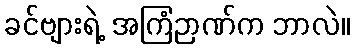
ခင်ဗျားရဲ့ အကြံဉာဏ်က ဘာလဲ။